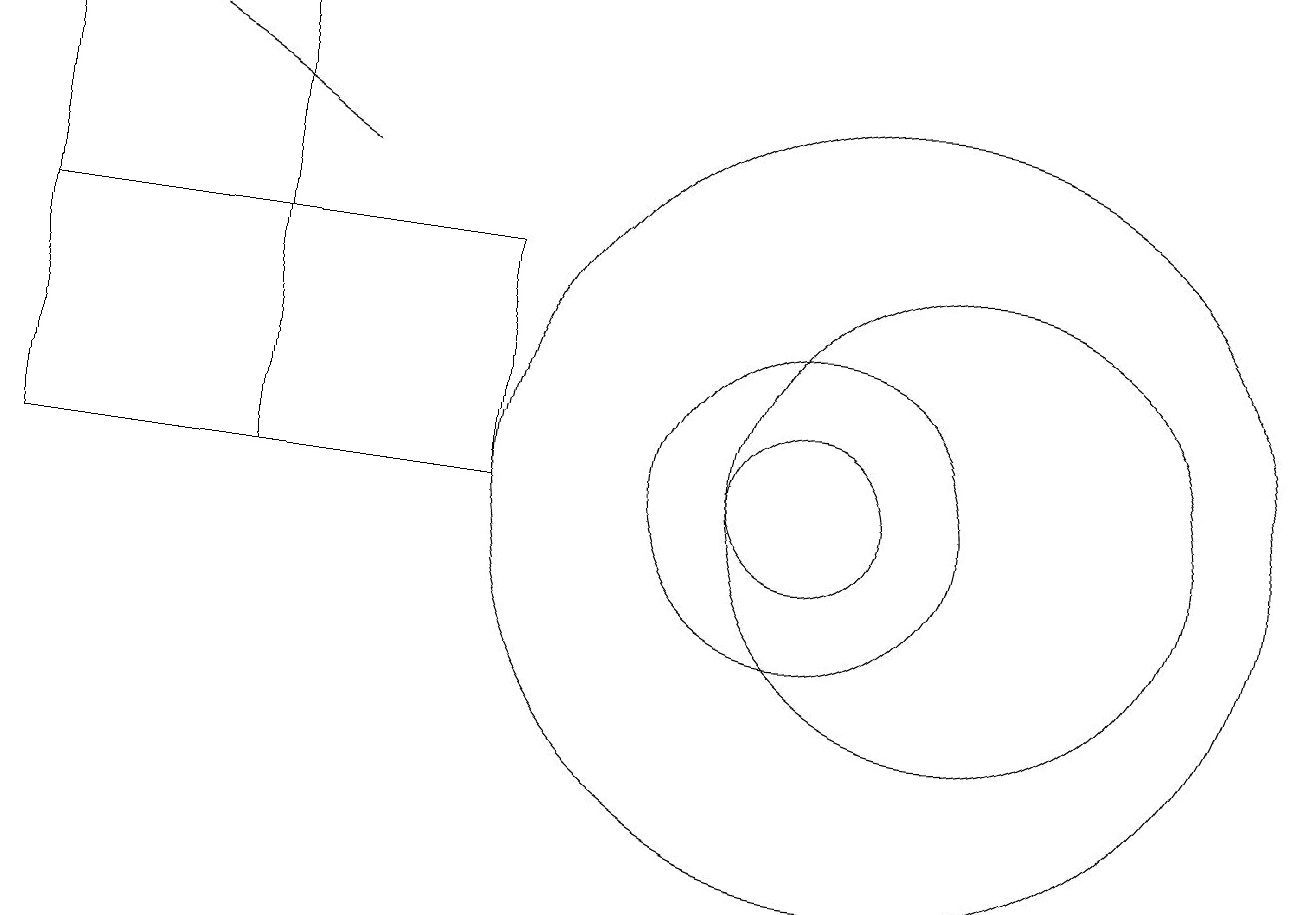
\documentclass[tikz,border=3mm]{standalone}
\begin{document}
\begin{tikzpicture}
\draw (0,16) rectangle (3,10);
\draw (6,13) rectangle (0,10);
\draw (10,10) circle (2);
\draw[->] (4,14) -- (1,16);
\draw (11,10) circle (5);
\draw (10,10) circle (1);
\draw (12,10) circle (3);
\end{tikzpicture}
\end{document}